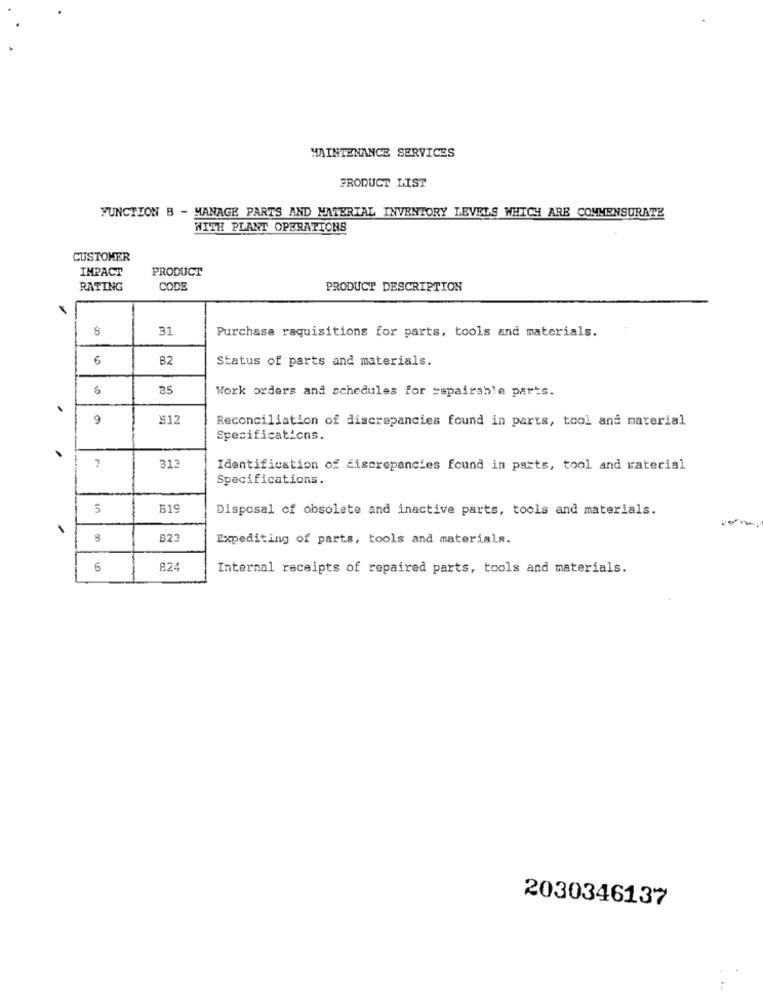
MAINTENANCE SERVICES
PRODUCT LIST
FUNCTION B - MANAGE PARTS AND MATERIAL INVENTORY LEVELS WHICH ARE COMMENSURATE
WITH PLANT OPERATIONS
CUSTOMER
IMPACT
PRODUCT
RATING
CODE
PRODUCT DESCRIPTION
31
Purchase raquisitions for parts, tools and materials.
6
B2
Status of parts and materials.
6
25
Work orders and schedules for repairable parts.
9
$12
Reconciliation of discrepancies found in parts, tool and material
Specifications.
313
Identification of discrepancies found in parts, tool and raterial
Specifications.
5
B19
Disposal of obsolete and inactive parts, tools and materials.
1
8
823
Expediting of parts, tools and materials.
Internal receipts of repaired parts, tools and materials.
2030346137